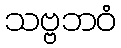
သဗ္ဗဘဝံ